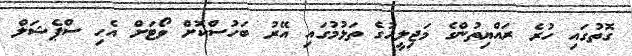
ގޮތުގައި ހުރެ ރައްޔިތުންގެ މަޖިލީހުގެ ތަޅުމުގައި އޭރު ބަހުސްކޮށް ވޯޓަށް އެހި ސްޕެޝަލް